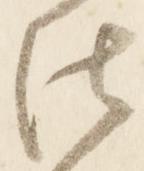
法